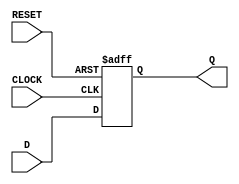
//Dps, eu fiz um FlipFlop do tipo D, para ser util na hora de fazer a esteira, //OBS: esse tem uma entrada PRISET caso queiramos botar o valor inicial!

module FlipFlopD
  (
    input D,
    input CLOCK,
    input RESET,
    output reg Q
  );

  always@(posedge CLOCK or posedge RESET)
    begin
      if(RESET) 
			Q = 0;
      else  
			Q = D;
    end
endmodule